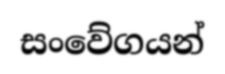
සංවේගයන්